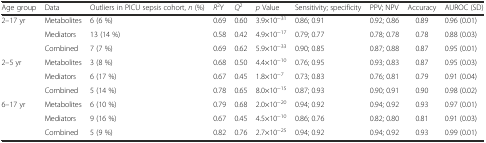
<table><thead><tr><td><b>Age group</b></td><td><b>Data</b></td><td><b>Outliers in PICU sepsis cohort, <i>n</i> (%)</b></td><td><b><i>R</i><sup>2</sup>Y</b></td><td><b><i>Q</i><sup>2</sup></b></td><td><b><i>p</i> Value</b></td><td><b>Sensitivity; specificity</b></td><td><b>PPV; NPV</b></td><td><b>Accuracy</b></td><td><b>AUROC (SD)</b></td></tr></thead><tbody><tr><td rowspan="3">2–17 yr</td><td>Metabolites</td><td>6 (6 %)</td><td>0.69</td><td>0.60</td><td>3.9×10<sup>−31</sup></td><td>0.86; 0.91</td><td>0.92; 0.86</td><td>0.89</td><td>0.96 (0.01)</td></tr><tr><td>Mediators</td><td>13 (14 %)</td><td>0.58</td><td>0.42</td><td>4.9×10<sup>−17</sup></td><td>0.79; 0.77</td><td>0.78; 0.78</td><td>0.78</td><td>0.88 (0.03)</td></tr><tr><td>Combined</td><td>7 (7 %)</td><td>0.69</td><td>0.62</td><td>5.9×10<sup>−33</sup></td><td>0.90; 0.85</td><td>0.87; 0.88</td><td>0.87</td><td>0.95 (0.01)</td></tr><tr><td rowspan="3">2–5 yr</td><td>Metabolites</td><td>3 (8 %)</td><td>0.68</td><td>0.50</td><td>4.4×10<sup>−10</sup></td><td>0.76; 0.95</td><td>0.93; 0.83</td><td>0.87</td><td>0.95 (0.03)</td></tr><tr><td>Mediators</td><td>6 (17 %)</td><td>0.67</td><td>0.45</td><td>1.8×10<sup>−7</sup></td><td>0.73; 0.83</td><td>0.76; 0.81</td><td>0.79</td><td>0.91 (0.04)</td></tr><tr><td>Combined</td><td>5 (14 %)</td><td>0.78</td><td>0.65</td><td>8.0×10<sup>−15</sup></td><td>0.87; 0.93</td><td>0.90; 0.91</td><td>0.90</td><td>0.98 (0.02)</td></tr><tr><td rowspan="3">6–17 yr</td><td>Metabolites</td><td>6 (10 %)</td><td>0.79</td><td>0.68</td><td>2.0×10<sup>−20</sup></td><td>0.94; 0.92</td><td>0.94; 0.92</td><td>0.93</td><td>0.97 (0.01)</td></tr><tr><td>Mediators</td><td>9 (16 %)</td><td>0.67</td><td>0.45</td><td>4.5×10<sup>−10</sup></td><td>0.86; 0.76</td><td>0.82; 0.80</td><td>0.81</td><td>0.91 (0.03)</td></tr><tr><td>Combined</td><td>5 (9 %)</td><td>0.82</td><td>0.76</td><td>2.7×10<sup>−25</sup></td><td>0.94; 0.92</td><td>0.94; 0.92</td><td>0.93</td><td>0.99 (0.01)</td></tr></tbody></table>